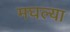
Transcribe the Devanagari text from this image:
मघल्या